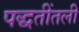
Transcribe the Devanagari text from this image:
पद्धतींतली